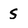
Character: S